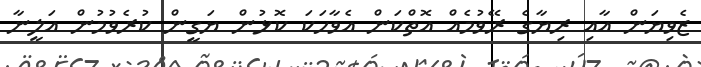
ޒެވިޔަން އާއި ރިޔާގެ ރޭވުމެއް އޮތްކަން އެވާހަކަ ކޮޅުން ޔަގީން ކުރެވުމުން އަލީނާ